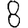
Digit: 8